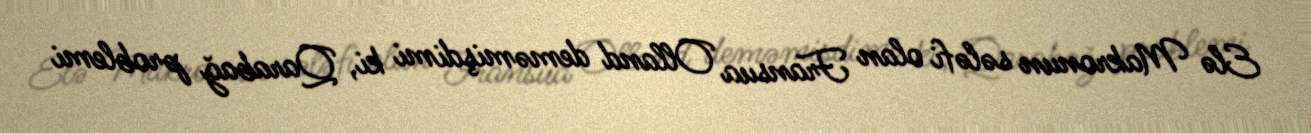
Elə Makronun sələfi olan Fransua Olland deməmişdimi ki, Qarabağ problemi